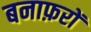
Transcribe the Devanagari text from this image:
बनाफ़रों